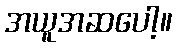
အယူအဆပေါ့။